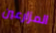
المزارعين